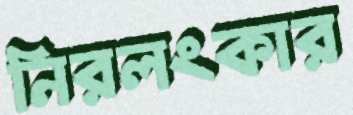
নিরলংকার